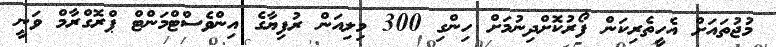
މުޖުތައަށް އެހީތެރިކަން ފޯރުކޮށްދިނުމަށް ހިންގި 300 މިލިއަން ރުފިޔާގެ އިންވެސްޓްމަންޓް ޕްރޮގްރާމް ވަނީ